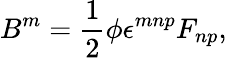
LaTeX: B^{m}=\frac 12\phi\epsilon^{mnp}F_{np},